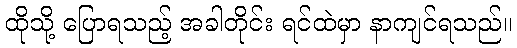
ထိုသို့ ပြောရသည့် အခါတိုင်း ရင်ထဲမှာ နာကျင်ရသည်။